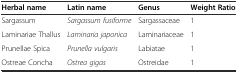
<table><thead><tr><td><b>Herbal name</b></td><td><b>Latin name</b></td><td><b>Genus</b></td><td><b>Weight Ratio</b></td></tr></thead><tbody><tr><td>Sargassum</td><td><i>Sargassum fusiforme</i></td><td>Sargassaceae</td><td>1</td></tr><tr><td>Laminariae Thallus</td><td><i>Laminaria japonica</i></td><td>Laminariaceae</td><td>1</td></tr><tr><td>Prunellae Spica</td><td><i>Prunella vulgaris</i></td><td>Labiatae</td><td>1</td></tr><tr><td>Ostreae Concha</td><td><i>Ostrea gigas</i></td><td>Ostreidae</td><td>1</td></tr></tbody></table>